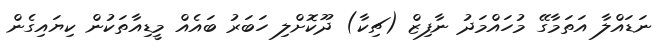
ނަޑައްލާ އަތަމާގޭ މުހައްމަދު ނާފިޒް (ޗިކާ) ދޫކޮށްލި ހަބަރު ބައެއް މީޑިއާތަކުން ކިޔައިގެން